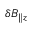
\delta B _ { \parallel z }